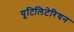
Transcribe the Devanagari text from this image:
यूटिलिटेरियन